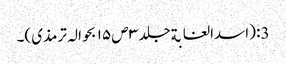
3: (اسدالغابةجلد ۳ ص ۱۵ بحوالہ ترمذی)۔